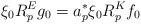
\begin{align*} \xi_0 R^E_p g_0 = a_p^* \xi_0 R^K_p f_0 \end{align*}